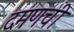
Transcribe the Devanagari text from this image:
दमणची